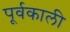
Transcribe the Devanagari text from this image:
पूर्वकाली